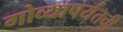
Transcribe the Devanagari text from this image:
गोव्यापर्यंतची